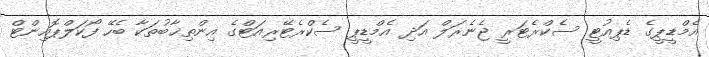
އެމްޑީޕީގެ ޑެޕިއުޓީ ސެކްރެޓަރީ ޖެނެރަލް އަދި އެމްޑީޕީ ސެކްރެޓޭރިއަޓްގެ އިންތިޚާބުތަކާ ބެހޭ ފޯކަލްޕޮއިންޓް